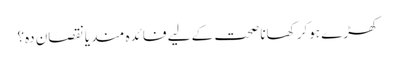
کھڑے ہوکر کھانا صحت کے لیے فائدہ مند یانقصان دہ؟